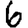
Digit: 6